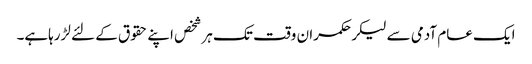
ایک عام آدمی سے لیکرحکمران وقت تک ہرشخص اپنے حقوق کے لئے لڑرہاہے۔